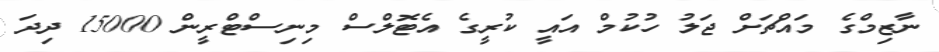
ނާޒިމްގެ މައްޗަށް ޖަލު ހުކުމް އައީ ކުރީގެ އެޓޮލްސް މިނިސްޓްރީން 15000 ދިދަ